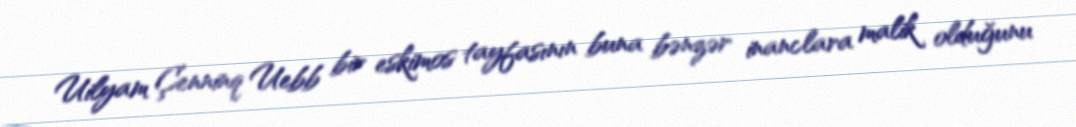
Uilyam Çenninq Uebb bir eskimos tayfasının buna bənzər inanclara malik olduğunu